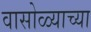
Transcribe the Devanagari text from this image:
वासोळ्याच्या